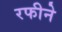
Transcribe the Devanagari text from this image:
रफीने